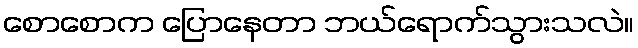
စောစောက ပြောနေတာ ဘယ်ရောက်သွားသလဲ။